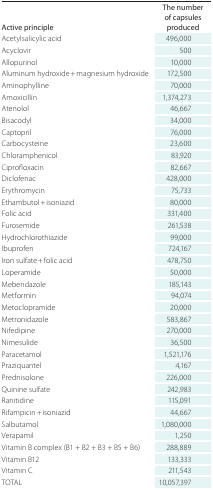
<table><thead><tr><td><b>Active principle</b></td><td><b>The number of capsules produced</b></td></tr></thead><tbody><tr><td>Acetylsalicylic acid</td><td>496,000</td></tr><tr><td>Acyclovir</td><td>500</td></tr><tr><td>Allopurinol</td><td>10,000</td></tr><tr><td>Aluminum hydroxide + magnesium hydroxide</td><td>172,500</td></tr><tr><td>Aminophylline</td><td>70,000</td></tr><tr><td>Amoxicillin</td><td>1,374,273</td></tr><tr><td>Atenolol</td><td>46,667</td></tr><tr><td>Bisacodyl</td><td>34,000</td></tr><tr><td>Captopril</td><td>76,000</td></tr><tr><td>Carbocysteine</td><td>23,600</td></tr><tr><td>Chloramphenicol</td><td>83,920</td></tr><tr><td>Ciprofloxacin</td><td>82,667</td></tr><tr><td>Diclofenac</td><td>428,000</td></tr><tr><td>Erythromycin</td><td>75,733</td></tr><tr><td>Ethambutol + isoniazid</td><td>80,000</td></tr><tr><td>Folic acid</td><td>331,400</td></tr><tr><td>Furosemide</td><td>261,538</td></tr><tr><td>Hydrochlorothiazide</td><td>99,000</td></tr><tr><td>Ibuprofen</td><td>724,167</td></tr><tr><td>Iron sulfate + folic acid</td><td>478,750</td></tr><tr><td>Loperamide</td><td>50,000</td></tr><tr><td>Mebendazole</td><td>185,143</td></tr><tr><td>Metformin</td><td>94,074</td></tr><tr><td>Metoclopramide</td><td>20,000</td></tr><tr><td>Metronidazole</td><td>583,867</td></tr><tr><td>Nifedipine</td><td>270,000</td></tr><tr><td>Nimesulide</td><td>36,500</td></tr><tr><td>Paracetamol</td><td>1,521,176</td></tr><tr><td>Praziquantel</td><td>4,167</td></tr><tr><td>Prednisolone</td><td>226,000</td></tr><tr><td>Quinine sulfate</td><td>242,983</td></tr><tr><td>Ranitidine</td><td>115,091</td></tr><tr><td>Rifampicin + isoniazid</td><td>44,667</td></tr><tr><td>Salbutamol</td><td>1,080,000</td></tr><tr><td>Verapamil</td><td>1,250</td></tr><tr><td>Vitamin B complex (B1 + B2 + B3 + B5 + B6)</td><td>288,889</td></tr><tr><td>Vitamin B12</td><td>133,333</td></tr><tr><td>Vitamin C</td><td>211,543</td></tr><tr><td>TOTAL</td><td>10,057,397</td></tr></tbody></table>